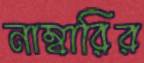
নাম্বারির